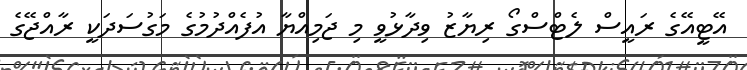
އޭޓީއޭގެ ރައީސް ލެޓްސްގޯ ރިޔާޒު ވިދާޅުވީ މި ޖަމިއްޔާ އުފެއްދުމުގެ މަގުސަދަކީ ރާއްޖޭގެ